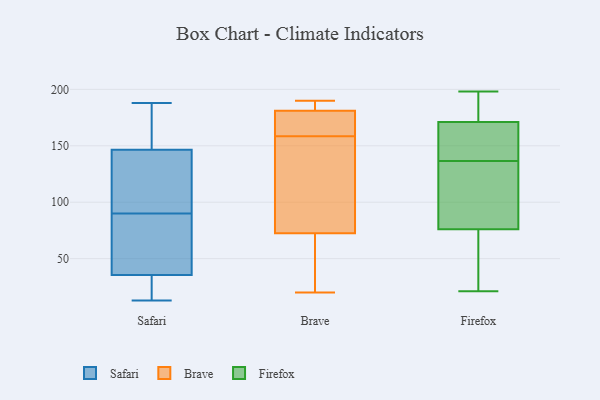
{"axis": {"x": "Demand Index", "y": "Value"}, "legend": ["Brave", "Firefox", "Safari"], "data": [{"x": "", "y": 112, "type": "Safari"}, {"x": "", "y": 102, "type": "Safari"}, {"x": "", "y": 58, "type": "Safari"}, {"x": "", "y": 136, "type": "Safari"}, {"x": "", "y": 188, "type": "Safari"}, {"x": "", "y": 15, "type": "Safari"}, {"x": "", "y": 178, "type": "Safari"}, {"x": "", "y": 157, "type": "Safari"}, {"x": "", "y": 55, "type": "Safari"}, {"x": "", "y": 13, "type": "Safari"}, {"x": "", "y": 78, "type": "Safari"}, {"x": "", "y": 16, "type": "Safari"}, {"x": "", "y": 183, "type": "Brave"}, {"x": "", "y": 79, "type": "Brave"}, {"x": "", "y": 50, "type": "Brave"}, {"x": "", "y": 189, "type": "Brave"}, {"x": "", "y": 124, "type": "Brave"}, {"x": "", "y": 169, "type": "Brave"}, {"x": "", "y": 148, "type": "Brave"}, {"x": "", "y": 20, "type": "Brave"}, {"x": "", "y": 66, "type": "Brave"}, {"x": "", "y": 179, "type": "Brave"}, {"x": "", "y": 190, "type": "Brave"}, {"x": "", "y": 176, "type": "Brave"}, {"x": "", "y": 43, "type": "Firefox"}, {"x": "", "y": 169, "type": "Firefox"}, {"x": "", "y": 23, "type": "Firefox"}, {"x": "", "y": 77, "type": "Firefox"}, {"x": "", "y": 81, "type": "Firefox"}, {"x": "", "y": 182, "type": "Firefox"}, {"x": "", "y": 137, "type": "Firefox"}, {"x": "", "y": 150, "type": "Firefox"}, {"x": "", "y": 198, "type": "Firefox"}, {"x": "", "y": 118, "type": "Firefox"}, {"x": "", "y": 180, "type": "Firefox"}, {"x": "", "y": 76, "type": "Firefox"}, {"x": "", "y": 160, "type": "Firefox"}, {"x": "", "y": 171, "type": "Firefox"}, {"x": "", "y": 34, "type": "Firefox"}, {"x": "", "y": 136, "type": "Firefox"}, {"x": "", "y": 21, "type": "Firefox"}, {"x": "", "y": 179, "type": "Firefox"}]}